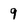
Character: 9